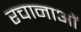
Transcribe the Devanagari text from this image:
रचानाओं